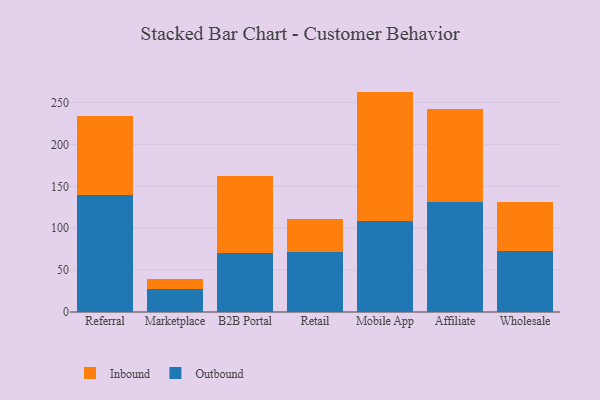
{"axis": {"x": "Channel", "y": "Satisfaction Score"}, "legend": ["Inbound", "Outbound"], "data": [{"x": "Referral", "y": 140.1, "type": "Outbound"}, {"x": "Referral", "y": 93.5, "type": "Inbound"}, {"x": "Marketplace", "y": 27.6, "type": "Outbound"}, {"x": "Marketplace", "y": 11.6, "type": "Inbound"}, {"x": "B2B Portal", "y": 70.8, "type": "Outbound"}, {"x": "B2B Portal", "y": 91.0, "type": "Inbound"}, {"x": "Retail", "y": 71.4, "type": "Outbound"}, {"x": "Retail", "y": 39.4, "type": "Inbound"}, {"x": "Mobile App", "y": 109.1, "type": "Outbound"}, {"x": "Mobile App", "y": 153.9, "type": "Inbound"}, {"x": "Affiliate", "y": 130.7, "type": "Outbound"}, {"x": "Affiliate", "y": 112.1, "type": "Inbound"}, {"x": "Wholesale", "y": 73.0, "type": "Outbound"}, {"x": "Wholesale", "y": 58.0, "type": "Inbound"}]}